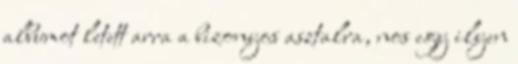
albumot letett arra a bizonyos asztalra, nos egy ilyen